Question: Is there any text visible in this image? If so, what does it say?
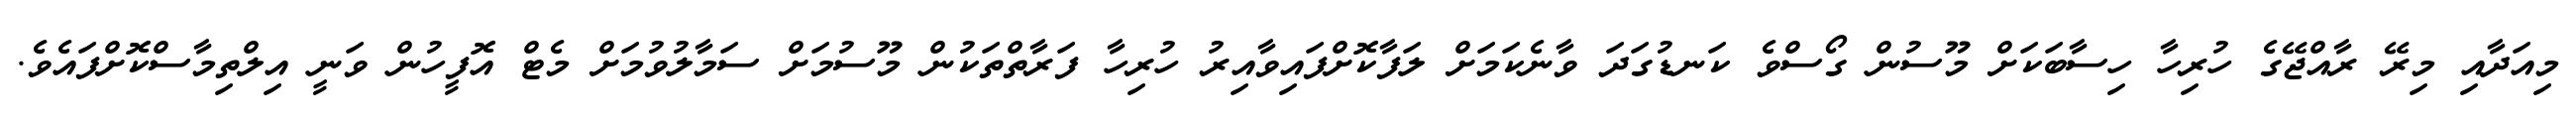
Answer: މިއަދާއި މިރޭ ރާއްޖޭގެ ހުރިހާ ހިސާބަކަށް މޫސުން ގޯސްވެ ކަނޑުގަދަ ވާނެކަމަށް ލަފާކޮށްފައިވާއިރު ހުރިހާ ފަރާތްތަކުން މޫސުމަށް ސަމާލުވުމަށް މެޓް އޮފީހުން ވަނީ އިލްތިމާސްކޮށްފައެވެ.